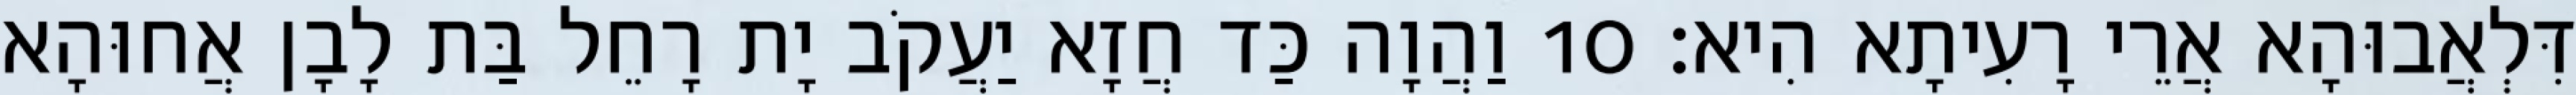
דִּלְאֲבוּהָא אֲרֵי רָעִיתָא הִיא׃ 10 וַהֲוָה כַּד חֲזָא יַעֲקֹב יָת רָחֵל בַּת לָבָן אֲחוּהָא